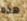
هذه